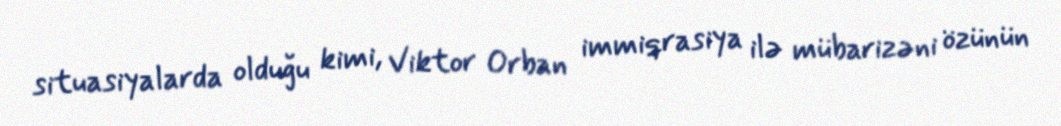
situasiyalarda olduğu kimi, Viktor Orban immiqrasiya ilə mübarizəni özünün